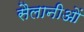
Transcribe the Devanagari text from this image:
सैलानीओं